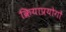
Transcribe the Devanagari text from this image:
क्रियाप्रयोगों